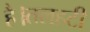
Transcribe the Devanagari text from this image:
है।तलहटी